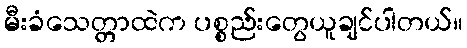
မီးခံသေတ္တာထဲက ပစ္စည်းတွေယူချင်ပါတယ်။